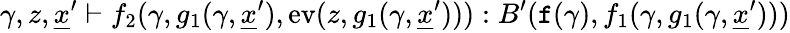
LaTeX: \gamma,z,\underline{{x}}^{\prime}\vdash f_{2}(\gamma,g_{1}(\gamma,\underline{{x}}^{\prime}),\textnormal{ev}(z,g_{1}(\gamma,\underline{{x}}^{\prime}))):B^{\prime}(\textnormal{\texttt{f}}(\gamma),f_{1}(\gamma,g_{1}(\gamma,\underline{{x}}^{\prime})))